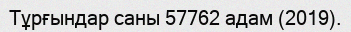
Тұрғындар саны 57762 адам (2019).